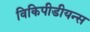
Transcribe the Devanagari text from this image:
विकिपीडीयन्स